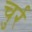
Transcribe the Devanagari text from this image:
चुर्र